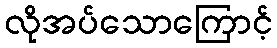
လိုအပ်သောကြောင့်